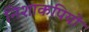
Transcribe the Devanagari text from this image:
निशाकपियों